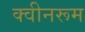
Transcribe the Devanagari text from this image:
क्वीनरूम